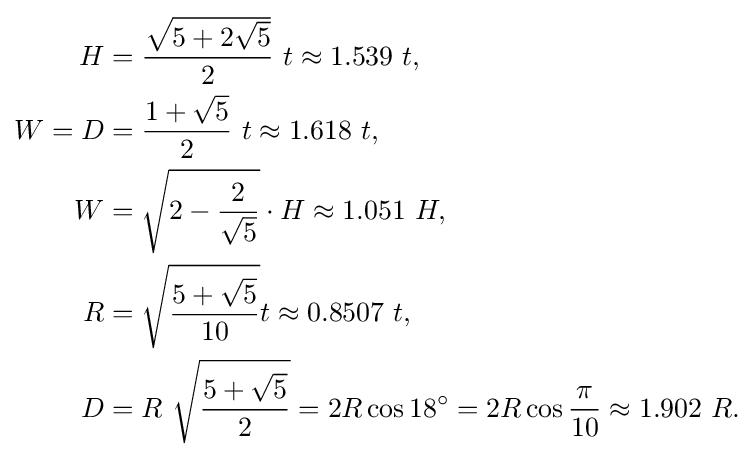
{\begin{aligned}H&={\frac {\sqrt {5+2{\sqrt {5}}}}{2}}~t\approx 1.539~t,\\W=D&={\frac {1+{\sqrt {5}}}{2}}~t\approx 1.618~t,\\W&={\sqrt {2-{\frac {2}{\sqrt {5}}}}}\cdot H\approx 1.051~H,\\R&={\sqrt {\frac {5+{\sqrt {5}}}{10}}}t\approx 0.8507~t,\\D&=R\ {\sqrt {\frac {5+{\sqrt {5}}}{2}}}=2R\cos 18^{\circ }=2R\cos {\frac {\pi }{10}}\approx 1.902~R.\end{aligned}}